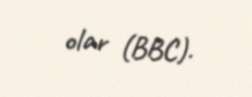
olar (BBC).